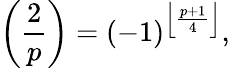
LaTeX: \left({\frac{2}{p}}\right)=(-1)^{\left\lfloor{\frac{p+1}{4}}\right\rfloor},